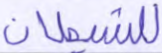
للشيطان